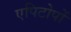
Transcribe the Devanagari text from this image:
एपिटोपों